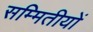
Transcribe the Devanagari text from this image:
सम्मितीयों